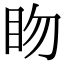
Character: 䀛